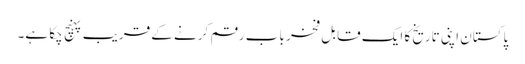
پاکستان اپنی تاریخ کا ایک قابل فخر باب رقم کرنے کے قریب پہنچ چکا ہے۔